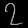
Digit: ၇